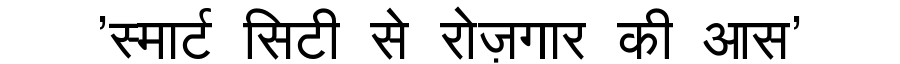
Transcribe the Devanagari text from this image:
'स्मार्ट सिटी से रोज़गार की आस'